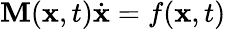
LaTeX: \mathbf{M}(\mathbf{{x}},t)\dot{{\mathbf{{x}}}}=f(\mathbf{{x}},t)